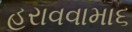
હરાવવામા૬